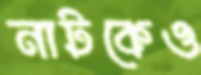
নাটকেও